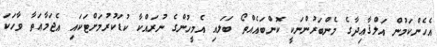
އެހެންކަމުން އަލްޤާޢިދާގެ މެންބަރުންނަކީ ކޮންބައެއްތޯ ބަލައި އެމީހުންގެ ނުރައްކާ ކުޑަކުރުމަށްޓަކައި އެޖަމާޢަތާ ވާހަކަ